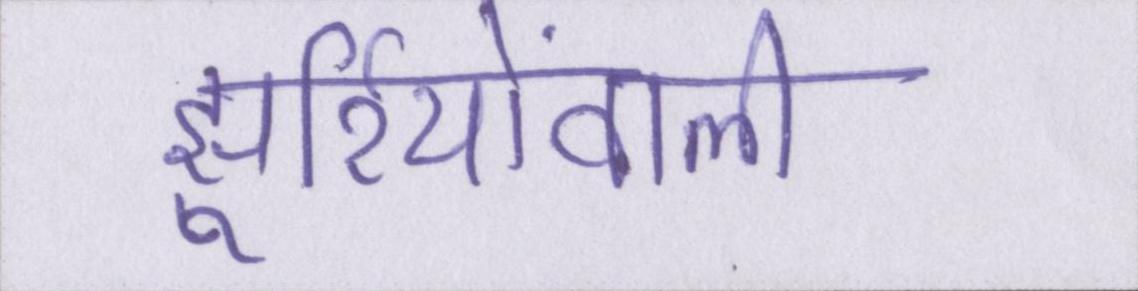
झुर्रियोंवाली